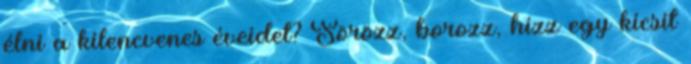
élni a kilencvenes éveidet? Sörözz, borozz, hízz egy kicsit